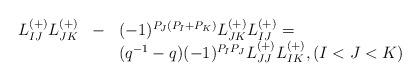
LaTeX: \begin{align*}\begin{array}{lll}L_{IJ}^{(+)}L_{JK}^{(+)}&-&(-1)^{P_J(P_I+P_K)}L_{JK}^{(+)}L_{IJ}^{(+)}=\\ & &(q^{-1}-q)(-1)^{P_IP_J}L_{JJ}^{(+)}L_{IK}^{(+)}, (I<J<K)\end{array}\end{align*}